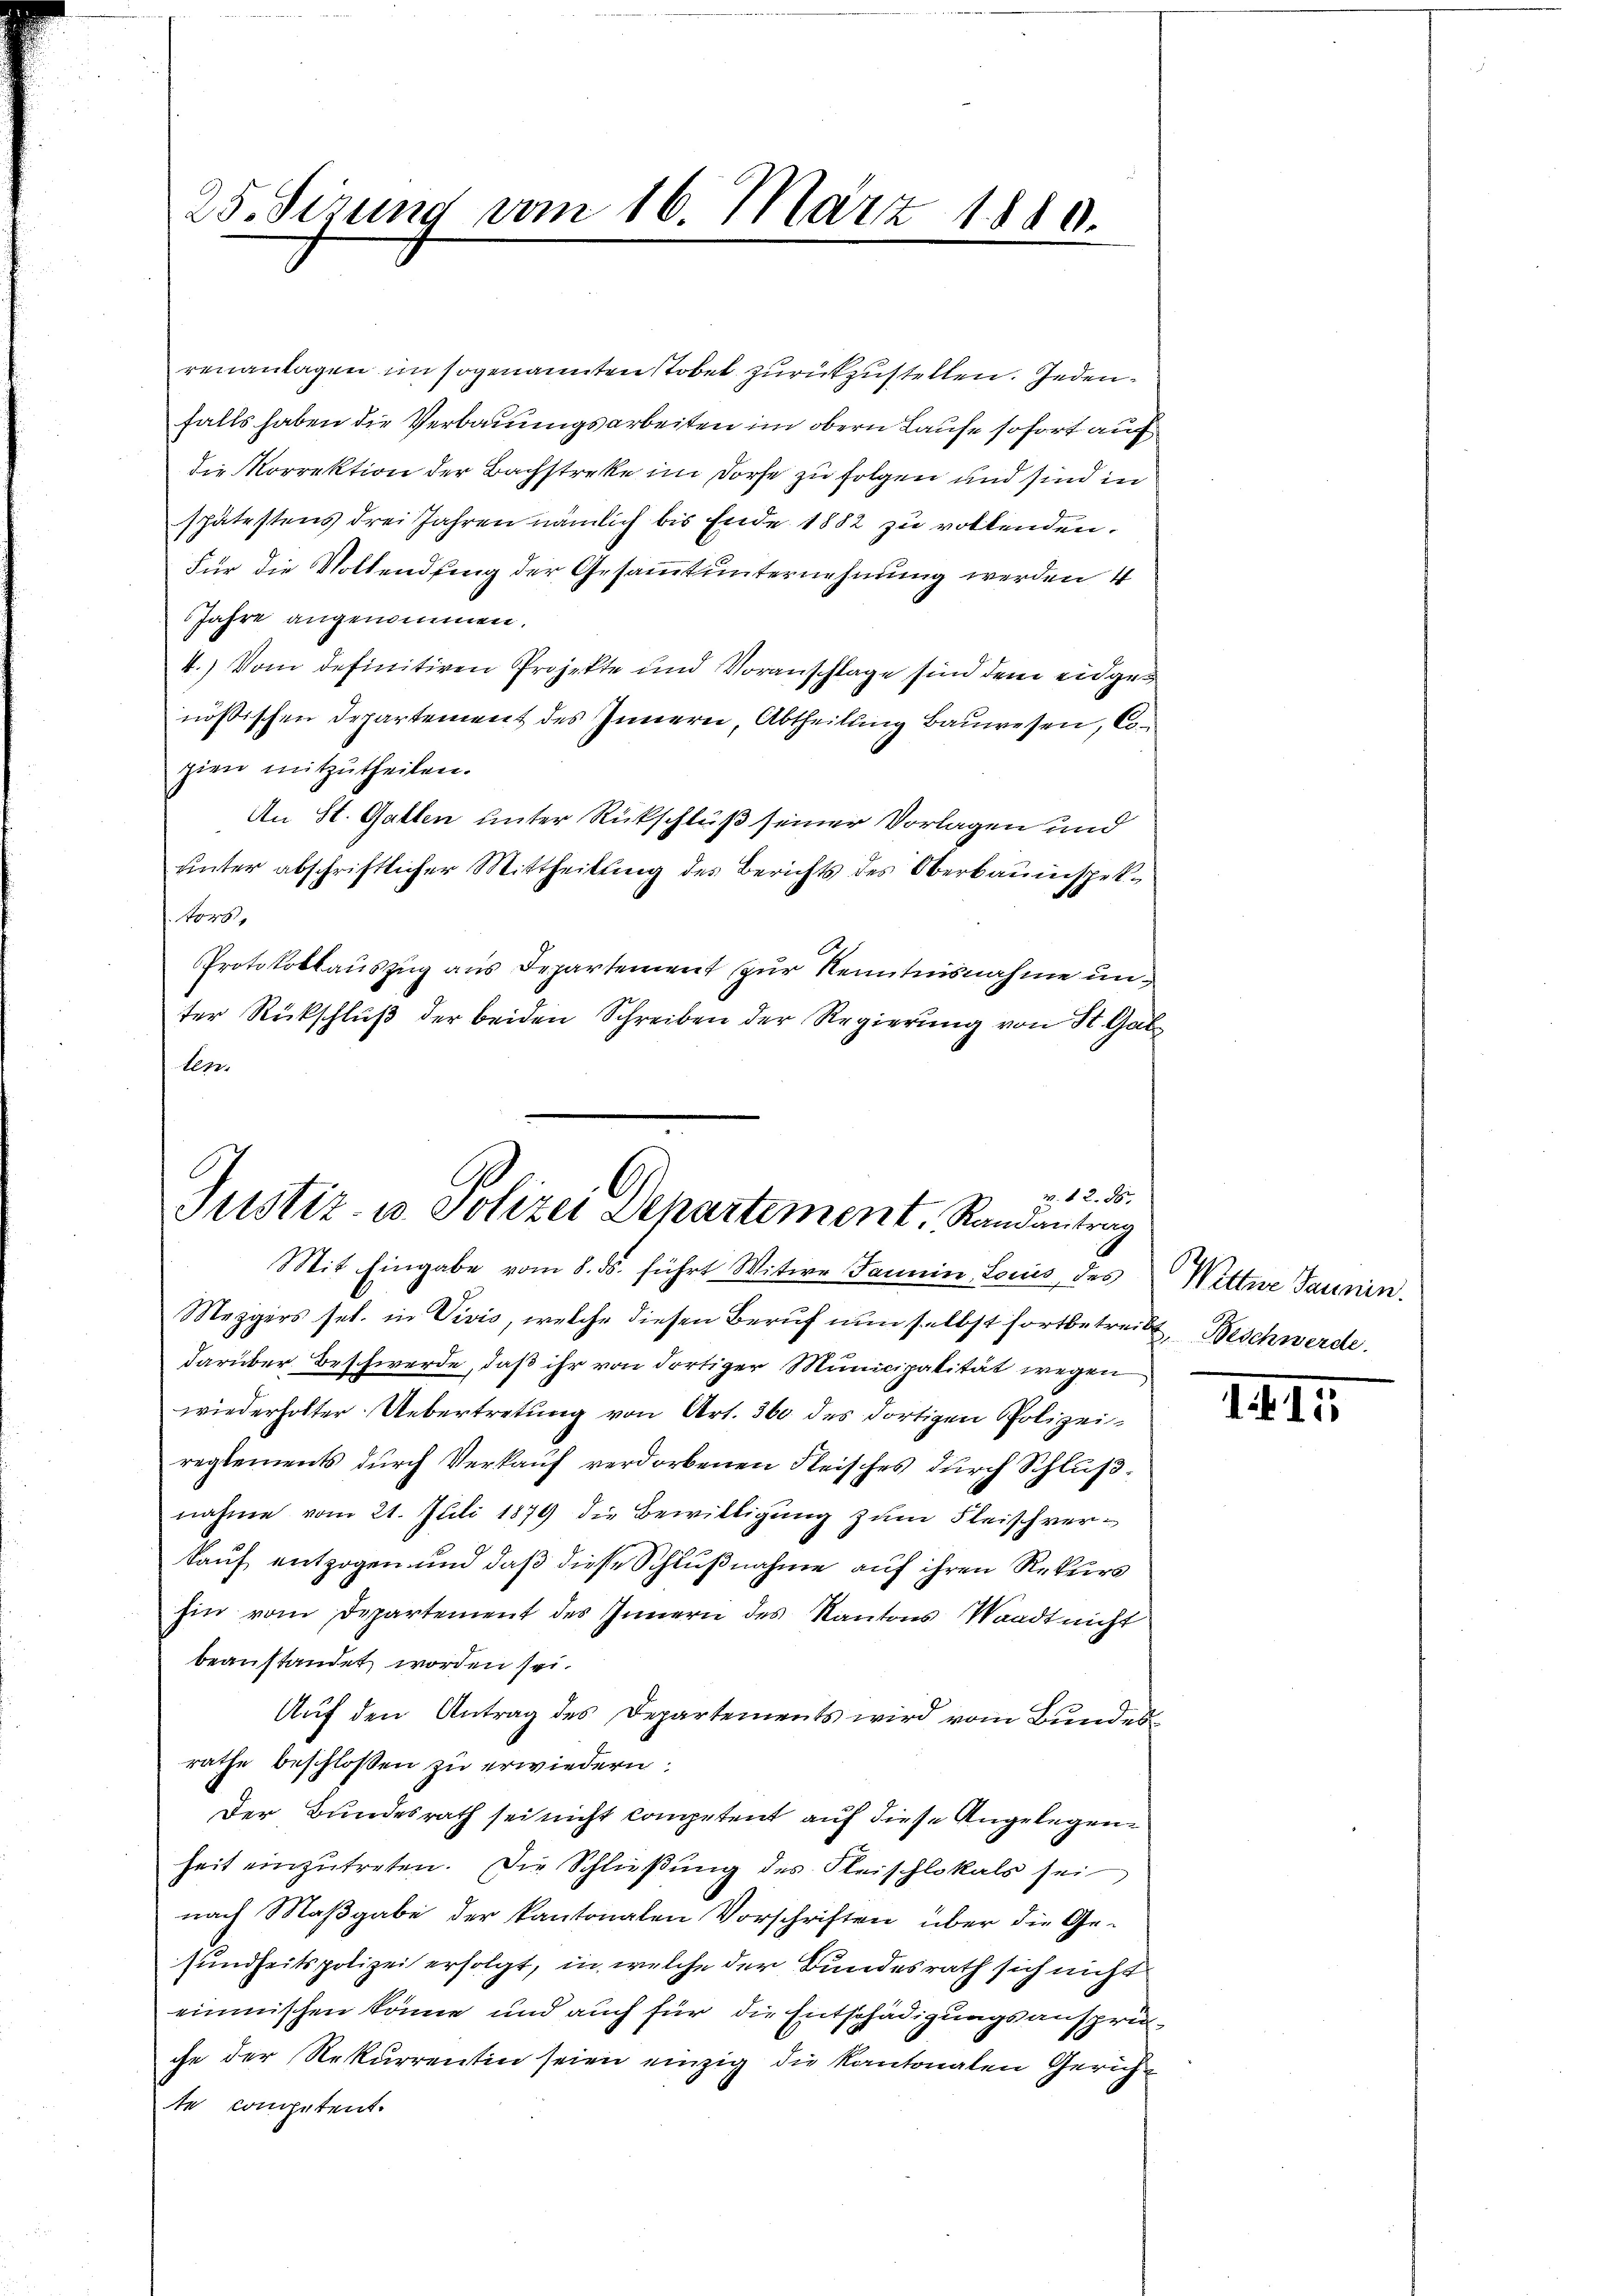
25. Sizung vom 16. März 1880.

renantagen im sogenannten Stobel zurückzustellen. Jedenfalls haben die Verbauungsarbeiten im obern Laufe sofort auf
die Korrektion der Bachstreke im Dorfe zu folgen und sind in
spätestens drei Jahren nämlich bis Ende 1882 zu vollenden.
Für die Vollendfing der Gesammtunternehmung werden 4
Jahre angenommen.
4.) Vom definitiven Projekte und Voranschlage sind dem eidgenössischen Departement des Innern, Abtheilung Bauwesen, Cogien mitzutheilen.
An St. Gallen unter Rückschluß seiner Vorlagen und
uinter abschriftlicher Mittheilung des Berichts des Oberbauinspektors.
Protokollauszug aus Departement zur Kenntnisnahme unter Rückschluß der beiden Schreiben der Regierung von St. Gal
tem.

m. 12. 86.
Justiz- u. Polizei Departement Randantrag

Mit Eingabe vom 8. ds. führt Witwe Janin Lois, des
Mezgers sel. in Vivis, welche diesen Beruf nun selbst fortbetreibt, Beschwerde.
darüber Beschwerde, daß ihr von dortiger Municipalität wegen
wiederholter Uebertretung von Art. 360 des dortigen Polizeireglements durch Verkauf verdorbenen Fleisches durch Schlußnahme vom 21. Juli 1879 die Bewilligung zum Fleischverkauf entzogen und daß diese Schlußnahme auf ihren Rekurs
hin vom Departement des Innern des Kantons Waadt nicht
beanstandet worden sei.
Auf den Antrag des Departements wird vom Bundesrathe beschlossen zu erwiedern:
Der Bundesrath sei nicht competent auf diese Angelegenheit einzŭtreten. Die Schließung des Fleischlokals sei
nach Maβgabe der kantonalen Vorschriften über die Ge-
sundheitspolizei erfolgt, in welche der Bundesrath sich nicht
einmischen könne und auch für die Entschädigungsanspruche der Rekurrentin seien einzig die Kantonalen Gerichte competent.

Wittwe Jaunen.

14. II.